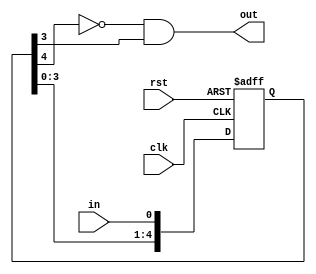
`timescale 1ns / 1ps
//////////////////////////////////////////////////////////////////////////////////
// Company: 
// Engineer: 
// 
// Design Name: 
// Module Name: edge_detector
// Project Name: 
// Target Devices: 
// Tool Versions: 
// Description: 
// 
// Dependencies: 
// 
// Revision:
// Revision 0.01 - File Created
// Additional Comments:
// 
//////////////////////////////////////////////////////////////////////////////////


module edge_detector(clk,rst,in,out);
input in,rst,clk;
output out;
reg [4:0] shift_reg;
always @ (posedge clk or posedge rst)
 begin
 if(rst == 1) shift_reg <= 0;
 else shift_reg[4:0] <= {shift_reg[3:0],in};
 end
assign out = ~shift_reg[4] & shift_reg[3];

endmodule